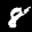
Label: 8